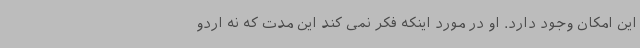
این امکان وجود دارد. او در مورد اینکه فکر نمی کند این مدت که نه اردو